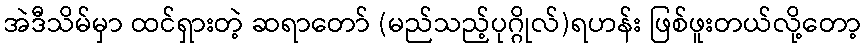
အဲဒီသိမ်မှာ ထင်ရှားတဲ့ ဆရာတော် (မည်သည့်ပုဂ္ဂိုလ်)ရဟန်း ဖြစ်ဖူးတယ်လို့တော့